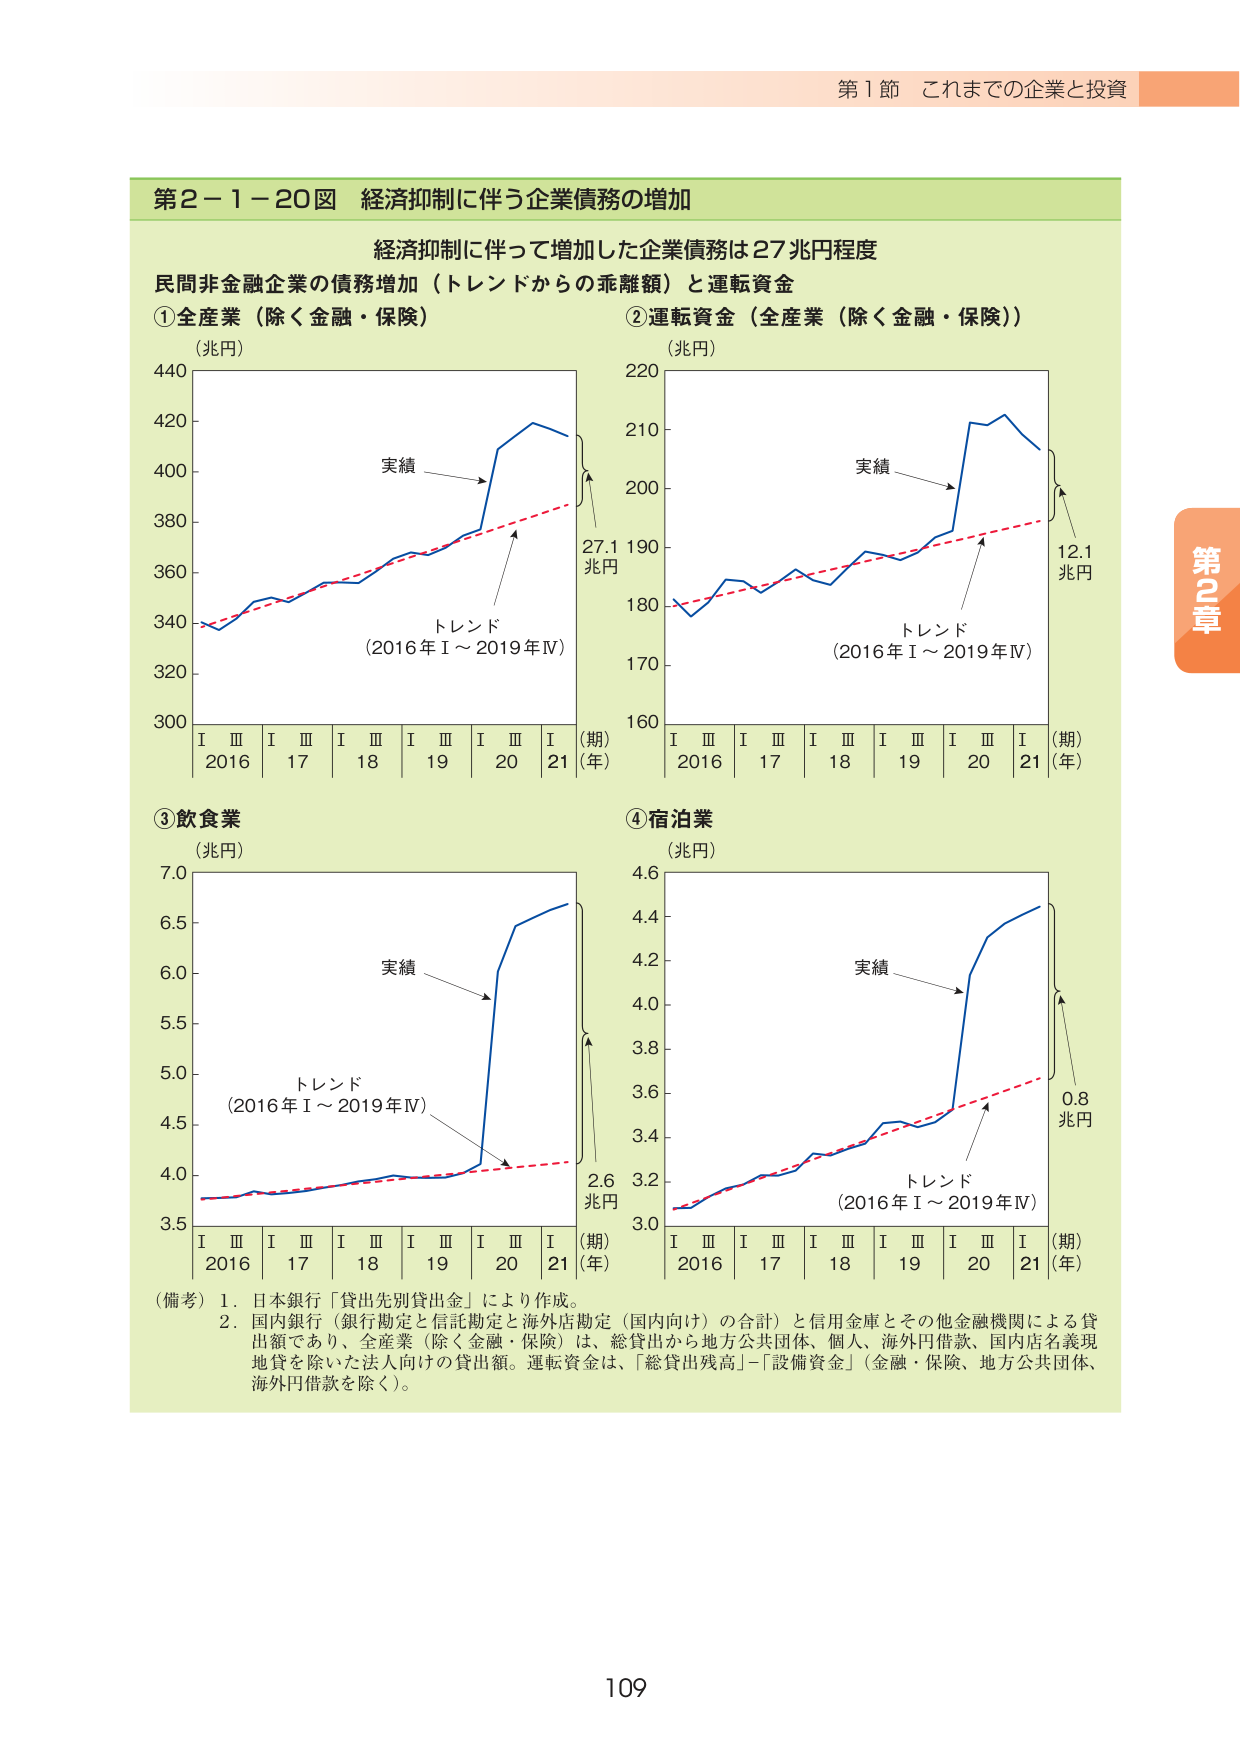
第１節 これまでの企業と投資

第２－１－２０図 経済抑制に伴う企業債務の増加

経済抑制に伴って増加した企業債務は２７兆円程度
民間非金融企業の債務増加（トレンドからの乖離額）と運転資金

①全産業（除く金融・保険）
（兆円）
440
420
400
380
360
340
320
300
実績
トレンド
（2016年Ⅰ～2019年Ⅳ）
Ⅰ Ⅲ Ⅰ Ⅲ Ⅰ Ⅲ Ⅰ Ⅲ Ⅰ Ⅲ Ⅰ
2016 17 18 19 20 21
（期）
（年）
27.1
兆円

②運転資金（全産業（除く金融・保険））
（兆円）
220
210
200
190
180
170
160
実績
トレンド
（2016年Ⅰ～2019年Ⅳ）
Ⅰ Ⅲ Ⅰ Ⅲ Ⅰ Ⅲ Ⅰ Ⅲ Ⅰ Ⅲ Ⅰ
2016 17 18 19 20 21
（期）
（年）
12.1
兆円

③飲食業
（兆円）
7.0
6.5
6.0
5.5
5.0
4.5
4.0
3.5
実績
トレンド
（2016年Ⅰ～2019年Ⅳ）
Ⅰ Ⅲ Ⅰ Ⅲ Ⅰ Ⅲ Ⅰ Ⅲ Ⅰ Ⅲ Ⅰ
2016 17 18 19 20 21
（期）
（年）
2.6
兆円

④宿泊業
（兆円）
4.6
4.4
4.2
4.0
3.8
3.6
3.4
3.2
3.0
実績
トレンド
（2016年Ⅰ～2019年Ⅳ）
Ⅰ Ⅲ Ⅰ Ⅲ Ⅰ Ⅲ Ⅰ Ⅲ Ⅰ Ⅲ Ⅰ
2016 17 18 19 20 21
（期）
（年）
0.8
兆円

（備考）1．日本銀行「貸出先別貸出金」により作成。
2．国内銀行（銀行勘定と信託勘定と海外店勘定（国内向け）の合計）と信用金庫とその他金融機関による貸出額であり、全産業（除く金融・保険）は、総貸出から地方公共団体、個人、海外円借款、国内店名義現地貸を除いた法人向けの貸出額。運転資金は、「総貸出残高」－「設備資金」（金融・保険、地方公共団体、海外円借款を除く）。

第2章

109